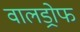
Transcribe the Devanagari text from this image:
वालड्रोफ